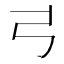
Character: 𢎜